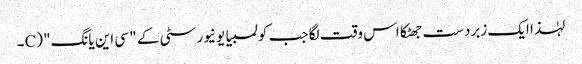
لہٰذا ایک زبردست جھٹکا اس وقت لگا جب کولمبیا یونیورسٹی کے " سی این یانگ" (C۔